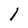
Character: 1